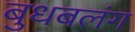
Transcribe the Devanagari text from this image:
बुधबलंग